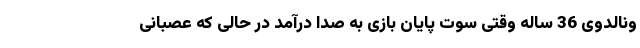
ونالدوی 36 ساله وقتی سوت پایان بازی به صدا درآمد در حالی که عصبانی